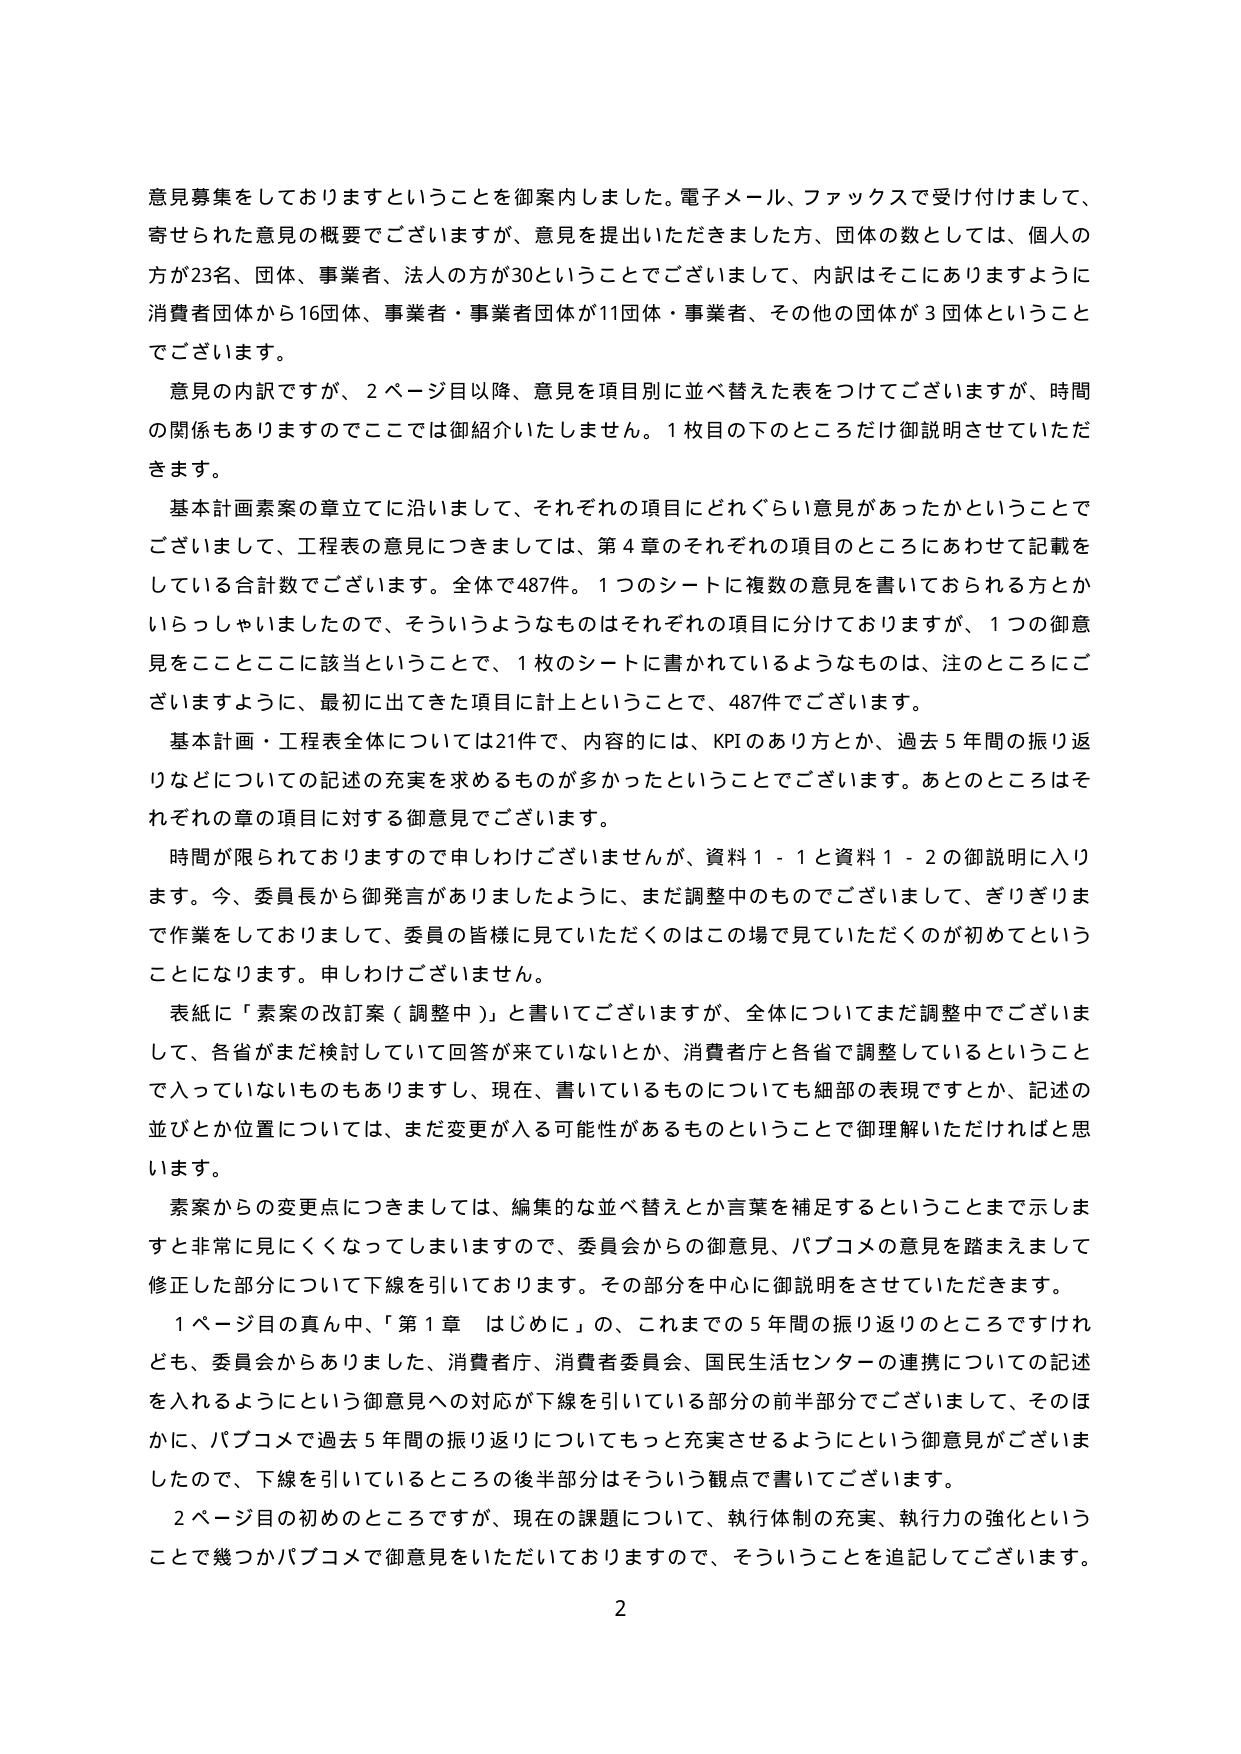
意見募集をしておりますということを御案内しました。電子メール、ファックスで受け付けまして、
寄せられた意見の概要でございますが、意見を提出いただきました方、団体の数としては、個人の
方が23名、団体、事業者、法人の方が30ということでございまして、内訳はそこにありますように
消費者団体から16団体、事業者・事業者団体が11団体・事業者、その他の団体が3団体ということ
でございます。
意見の内訳ですが、2ページ目以降、意見を項目別に並べ替えた表をつけてございますが、時間
の関係もありますのでここでは御紹介いたしません。1枚目の下のところだけ御説明させていただ
きます。
基本計画素案の章立てに沿いまして、それぞれの項目にどれぐらい意見があったかということで
ございまして、工程表の意見につきましては、第4章のそれぞれの項目のところにあわせて記載を
している合計数でございます。全体で487件。1つのシートに複数の意見を書いておられる方とか
いらっしゃいましたので、そういうようなものはそれぞれの項目に分けておりますが、1つの御意
見をここそこに該当ということで、1枚のシートに書かれているようなものは、注のところにご
ざいますように、最初に出てきた項目に計上ということで、487件でございます。
基本計画・工程表全体については21件で、内容的には、KPIのあり方とか、過去5年間の振り返
りなどについての記述の充実を求めるものが多かったということでございます。あとのところはそ
れぞれの章の項目に対する御意見でございます。
時間が限られておりますので申しわけございませんが、資料1-1と資料1-2の御説明に入り
ます。今、委員長から御発言がありましたように、まだ調整中のものでございまして、ぎりぎりま
で作業をしておりまして、委員の皆様に見ていただくのはこの場で見ていただくのが初めてという
ことになります。申しわけございません。
表紙に「素案の改訂案（調整中）」と書いてございますが、全体についてまだ調整中でございま
して、各省がまだ検討していて回答が来ていないとか、消費者庁と各省で調整しているということ
で入っていないものもありますし、現在、書いているものについても細部の表現ですとか、記述の
並びとか位置については、まだ変更が入る可能性があるものということで御理解いただければと思
います。
素案からの変更点につきましては、編集的な並べ替えとか言葉を補足するということまで示しま
すと非常に見にくくなってしまいますので、委員会からの御意見、パブコメの意見を踏まえまして
修正した部分について下線を引いております。その部分を中心に御説明をさせていただきます。
1ページ目の真ん中、「第1章 はじめに」の、これまでの5年間の振り返りのところですけれ
ども、委員会からありました、消費者庁、消費者委員会、国民生活センターの連携についての記述
を入れるようにという御意見への対応が下線を引いている部分の前半部分でございまして、そのほ
かに、パブコメで過去5年間の振り返りについてもっと充実させるようにという御意見がございま
したので、下線を引いているところの後半部分はそういう観点で書いてございます。
2ページ目の初めのところですが、現在の課題について、執行体制の充実、執行力の強化という
ことで幾つかパブコメで御意見をいただいておりますので、そういうことを追記してございます。
2